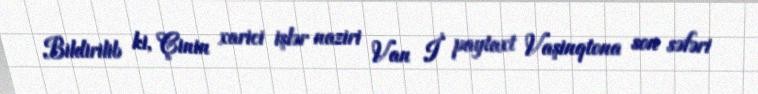
Bildirilib ki, Çinin xarici işlər naziri Van İ paytaxt Vaşinqtona son səfəri